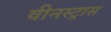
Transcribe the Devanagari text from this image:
वीनस्ट्रास